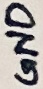
Text: GND